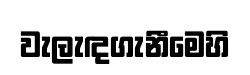
වැලැඳගැනීමෙහි